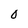
Character: O